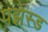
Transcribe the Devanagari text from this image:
पझेस्ड